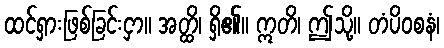
ထင်ရှားဖြစ်ခြင်းငှာ။ အတ္ထိ၊ ရှိ၏။ ဣတိ၊ ဤသို့။ တံပိဝစနံ၊